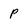
Character: p